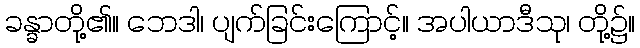
ခန္ခာတို့၏။ ဘေဒါ၊ ပျက်ခြင်းကြောင့်။ အပါယာဒီသု၊ တို့၌။